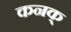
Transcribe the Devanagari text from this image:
कनक्